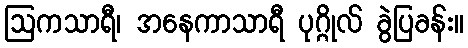
ဩကသာရီ၊ အနေကာသာရီ ပုဂ္ဂိုလ် ခွဲပြခန်း။